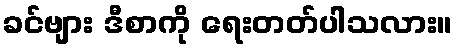
ခင်ဗျား ဒီစာကို ရေးတတ်ပါသလား။